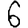
Digit: 6